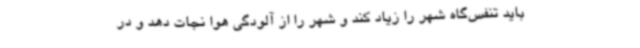
باید تنفس‌گاه شهر را زیاد کند و شهر را از آلودگی هوا نجات دهد و در